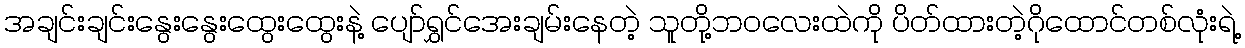
အချင်းချင်းနွေးနွေးထွေးထွေးနဲ့ ပျော်ရွှင်အေးချမ်းနေတဲ့ သူတို့ဘဝလေးထဲကို ပိတ်ထားတဲ့ဂိုထောင်တစ်လုံးရဲ့